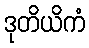
ဒုတိယိကံ